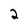
Character: 2